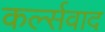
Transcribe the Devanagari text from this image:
कर्ल्सवाद